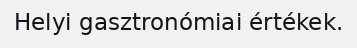
Helyi gasztronómiai értékek.